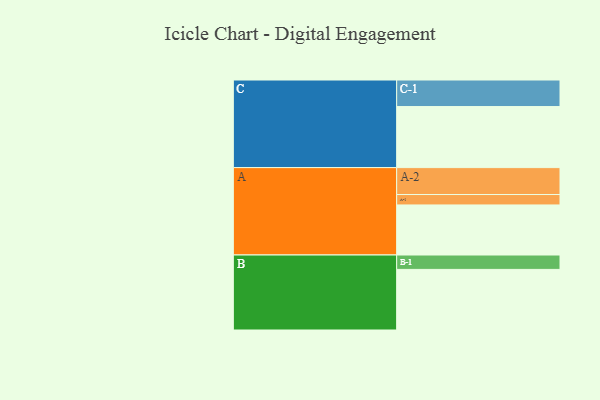
{"axis": {"x": "Segment", "y": "Value"}, "legend": ["", "A", "B", "C"], "data": [{"x": "A", "y": 428, "type": ""}, {"x": "B", "y": 518, "type": ""}, {"x": "C", "y": 522, "type": ""}, {"x": "A-1", "y": 89, "type": "A"}, {"x": "A-2", "y": 230, "type": "A"}, {"x": "B-1", "y": 123, "type": "B"}, {"x": "C-1", "y": 227, "type": "C"}]}